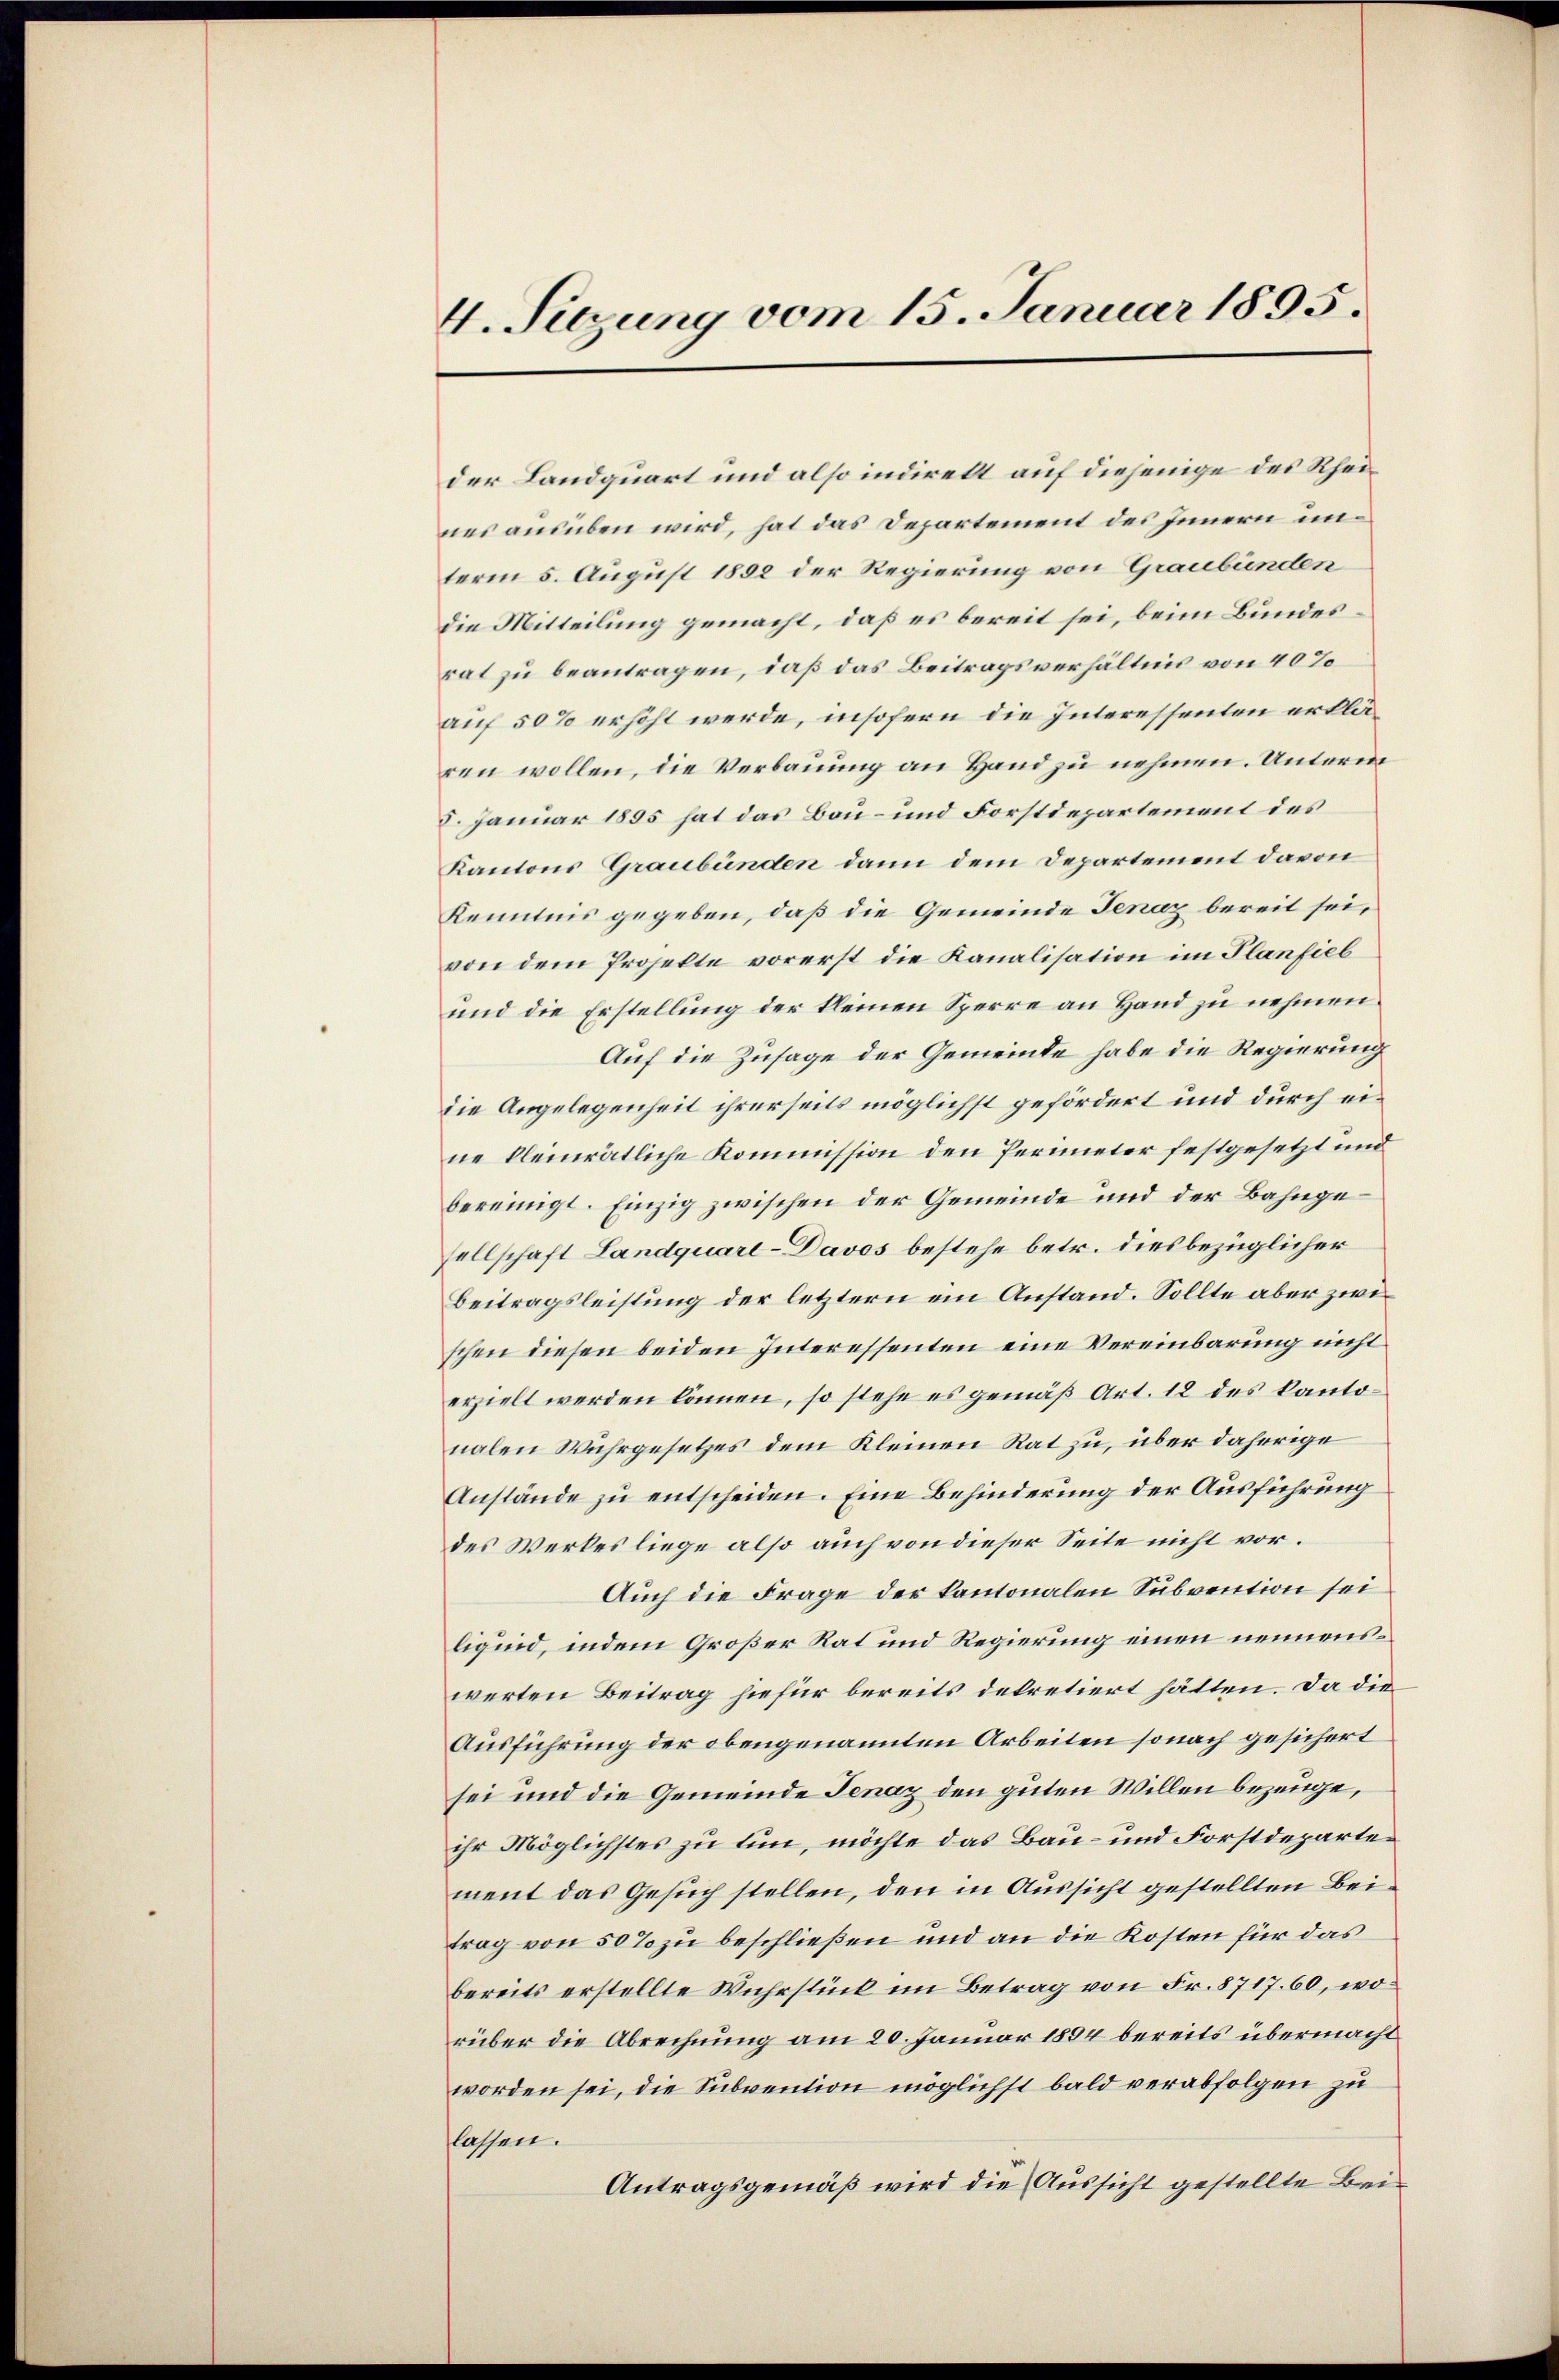
4. Sizung vom 15. Januar 1895.

der Landquart und also indirekt auf diejenige des Rheines ausüben wird, hat das Departement des Innern unterm 5. August 1892 der Regierung von Graubünden
die Mitteilung gemacht, daß es bereit sei, beim Bundesrat zu beantragen, daß das Beitragsverhältnis von 40%
auf 50% erhöht werde, insofern die Interessenten erklären wollen, die Verbauung an Hand zu nehmen. Unterm
5. Januar 1895 hat das Bau- und Forstdepartement des
Kantons Graubünden dann dem Departement davon
Kenntnis gegeben, daß die Gemeinde Jenaz bereit sei,
von dem Projekte vorerst die Kanalisation im Planfieb
und die Erstellung der kleinen Sperre an Hand zu nehmen.
Auf die Zusage der Gemeinde habe die Regierung
die Angelegenheit ihrerseits möglichst gefördert und durch eine kleinrätliche Kommission den Perimeter festgesetzt und
bereinigt. Einzig zwischen der Gemeinde und der Bahngesellschaft Landquarl-Davos bestehe betr. dies bezüglicher
Beitragsleistung der letztern ein Anstand. Sollte aber zwischen diesen beiden Interessenten eine Vereinbarung nicht
erzielt werden können, so stehe es gemäß Art. 12 des kantonalen Wuhrgesetzes dem Kleinen Rat zu, über daherige
Anstände zu entscheiden. Eine Behinderung der Ausführung
des Werkes liege also auch von dieser Seite nicht vor.
Auch die Frage der kantonalen Subvention sei
liquid, indem Großer Rat und Regierung einen nennenswerten Beitrag hiefür bereits dekretiert hätten. Da die
Ausführung der obengenannten Arbeiten sonach gesichert
sei und die Gemeinde Jenaz den guten Willen bezeuge,
ihr Möglichstes zu tun, möchte das Bau- und Forstdeparte
ment das Gesuch stellen, den in Aussicht gestellten Beitrag von 50 % zu beschließen und an die Kosten für das
bereits erstellte Wuhrstück im Betrag von Fr. 8717. 60, worüber die Abrechnung am 20. Januar 1894 bereits übermacht
worden sei, die Subvention möglichst bald verabfolgen zu
lassen.
Antragsgemäß wird die Aussicht gestellte Bei¬